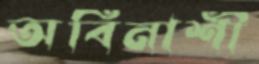
অবিনাশী